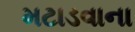
મટાડવાના